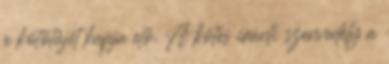
a kötőtűjét kapja elő. A kötés iránti szenvedély a